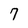
Character: 7